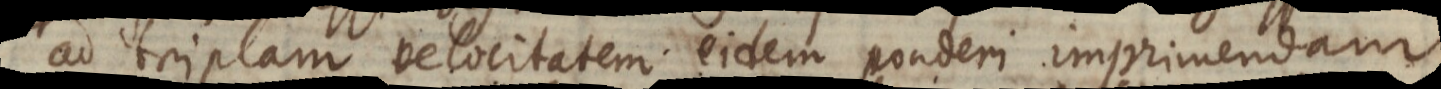
ad triplam velocitatem eidem ponderi imprimendam,